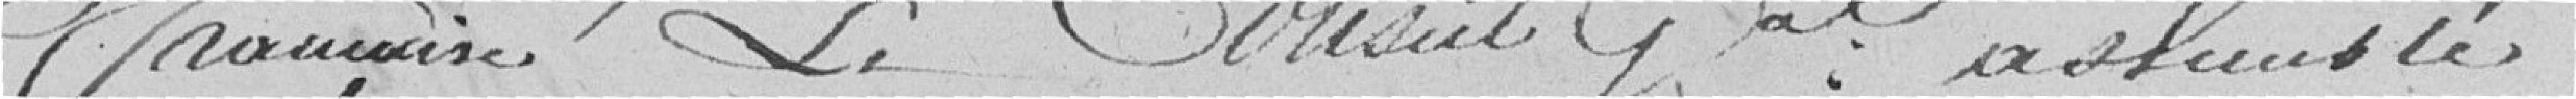
française. Le conseil général assemblé